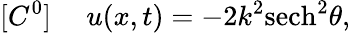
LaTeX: [C^{0}]~~~~~u(x,t)=-2k^{2}\mathrm{sech}^{2}\theta,